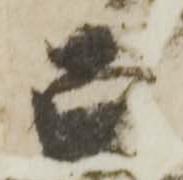
宗